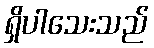
ရှိပါသေးသည်